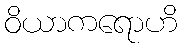
ဝိယာကရောဟိ